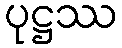
ပုဋ္ဌဿ